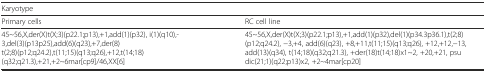
<table><thead><tr><td colspan="2"><b>Karyotype</b></td></tr><tr><td><b>Primary cells</b></td><td><b>RC cell line</b></td></tr></thead><tbody><tr><td>45~56,X,der(X)t(X;3)(p22.1;p13),+1,add(1)(p32), i(1)(q10),-3,del(3)(p13p25),add(6)(q23),+7,der(8) t(2;8)(p12;q24.2),t(11;15)(q13;q26),+12,t(14;18) (q32;q21.3),+21,+2~6mar[cp9]/46,XX[6]</td><td>45~56,X,der(X)t(X;3)(p22.1;p13),+1,add(1)(p32),del(1)(p34.3p36.1),t(2;8) (p12;q24.2), −3,+4, add(6)(q23), +8,+11,t(11;15)(q13;q26), +12,+12,−13, add(13)(q34), t(14;18)(q32;q21.3), +der(18)t(14;18)x1~2, +20,+21, psu dic(21;1)(q22;p13)x2, +2~4mar[cp20]</td></tr></tbody></table>